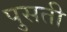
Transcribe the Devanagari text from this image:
पुसती